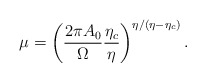
\begin{align*}\mu=\left ( \frac{2\pi A_0}{\Omega} \frac{\eta_c}{\eta} \right )^{\eta/(\eta-\eta_c)}.\end{align*}